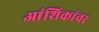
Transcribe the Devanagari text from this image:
आंशिकांवर